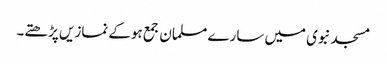
مسجد نبوی میں سارے مسلمان جمع ہوکے نمازیں پڑھتے۔